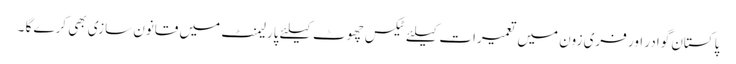
پاکستان گوادر اور فری زون میں تعمیرات کیلئے ٹیکس چھوٹ کیلئے پارلیمنٹ میں قانون سازی بھی کرے گا ۔